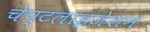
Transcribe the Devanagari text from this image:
चेप्टलाइजेशन